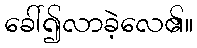
ခေါ်၍လာခဲ့လေ၏။